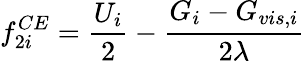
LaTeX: f_{2i}^{CE}=\frac{U_{i}}{2}-\frac{G_{i}-G_{vis,i}}{2\lambda}